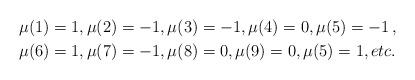
LaTeX: \begin{align*}\mu(1) & = 1, \mu(2) = -1, \mu(3) = -1, \mu(4) = 0, \mu(5) = -1 \, , \\\mu(6) & = 1, \mu(7) = -1, \mu(8) = 0, \mu(9) = 0, \mu(5) = 1, etc.\end{align*}